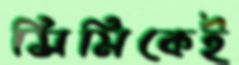
সিমিকেই